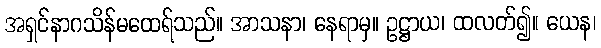
အရှင်နာဂသိန်မထေရ်သည်။ အာသနာ၊ နေရာမှ။ ဥဋ္ဌာယ၊ ထလတ်၍။ ယေန၊